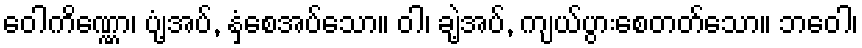
ဝေါကိဏ္ဏော၊ ပျံ့အပ်, နှံ့စေအပ်သော။ ဝါ၊ ချဲ့အပ်, ကျယ်ပွားစေတတ်သော။ ဘဝေါ၊